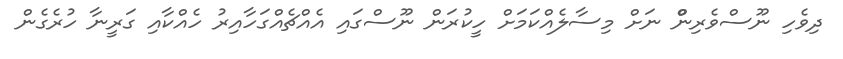
ދިވެހި ނޫސްވެރިންް ނަށް މިސާލެއްކަމަށް ހީކުރަން ނޫސްގައި އެއްޗެއްގަހާއިރު ހެއްކާއި ގަރީނާ ހުރެގެން